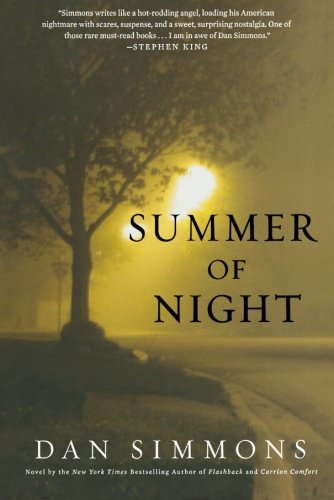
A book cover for Summer of Night; Dan Simmons; Mystery, Thriller & Suspense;